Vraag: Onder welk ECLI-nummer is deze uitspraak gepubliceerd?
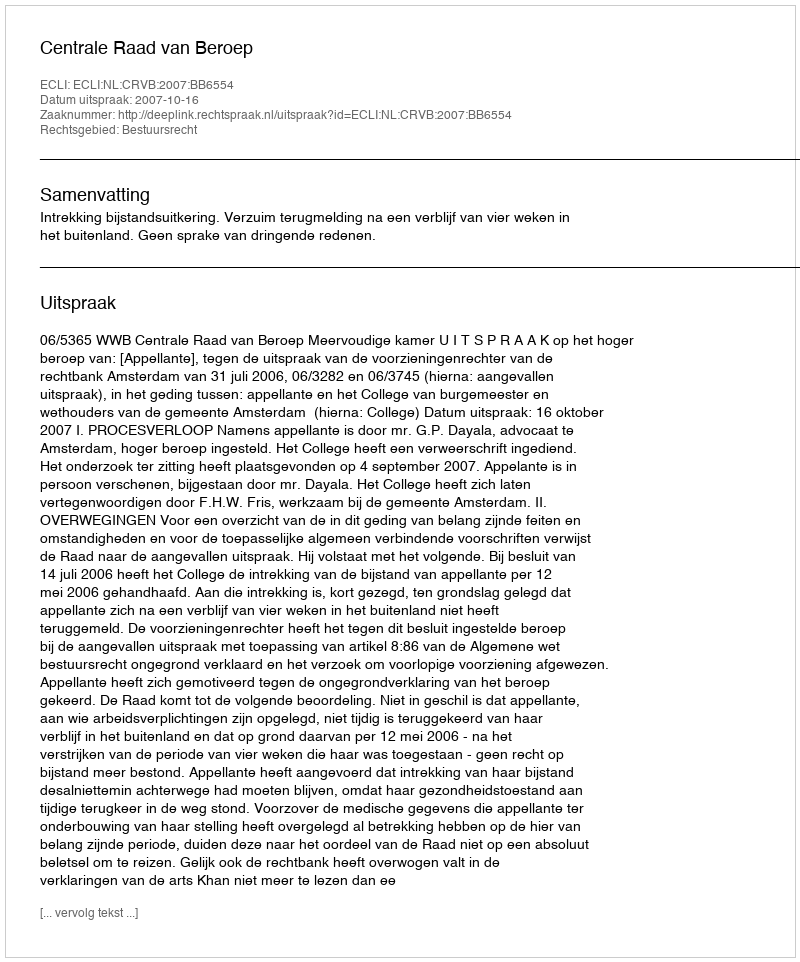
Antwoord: ECLI:NL:CRVB:2007:BB6554